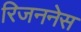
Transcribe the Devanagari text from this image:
रिजननेस